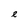
Character: e